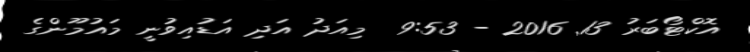
އޮކްޓޯބަރު 13